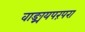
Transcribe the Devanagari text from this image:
वाङ्मयपरंपरा